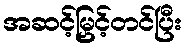
အဆင့်မြှင့်တင်ပြီး